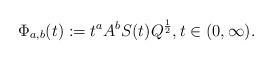
LaTeX: \begin{align*} \Phi_{a,b} (t) := t^{a} A^b S(t)Q^\frac{1}{2}, t\in(0,\infty). \end{align*}